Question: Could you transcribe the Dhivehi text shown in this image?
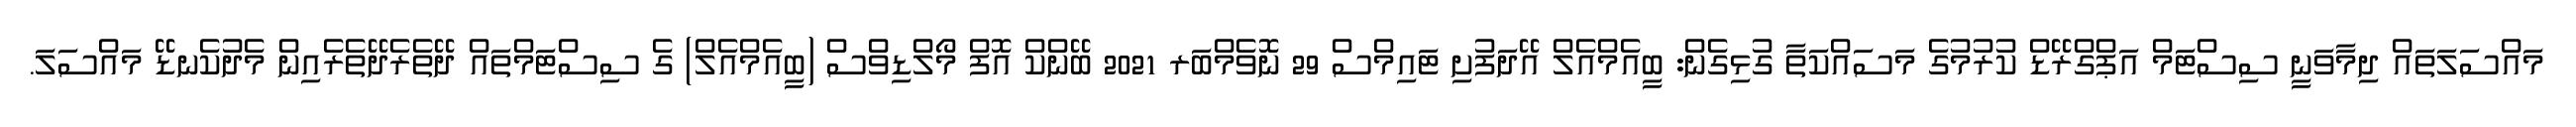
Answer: މައްސަލަތައް ދިމާވަނީ ސިސްޓަމް އަޕްގްރޭޑް ކުރުމުގެ މަސައްކަތާ ގުޅިގެން: ބީއެމްއެލް އޭދަފުށި ޓައިމްސް 29 ނޮވެމްބަރ 2021 ބޭންކް އޮފް މޯލްޑިވްސް (ބީއެމްއެލް) ގެ ސިސްޓަމްތައް ދޭތެރެދޭތެރެއިން މެދުކެނޑޭ މައްސަލަ.